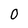
Character: 0